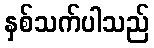
နှစ်သက်ပါသည်